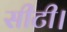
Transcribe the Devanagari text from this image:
सीटी।